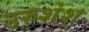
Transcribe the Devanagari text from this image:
उरुशंश